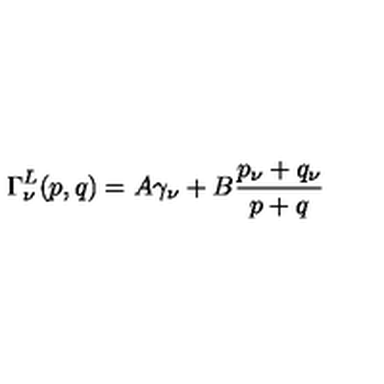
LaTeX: \Gamma _ { \nu } ^ { L } ( p , q ) = A \gamma _ { \nu } + B \frac { p _ { \nu } + q _ { \nu } } { p + q }